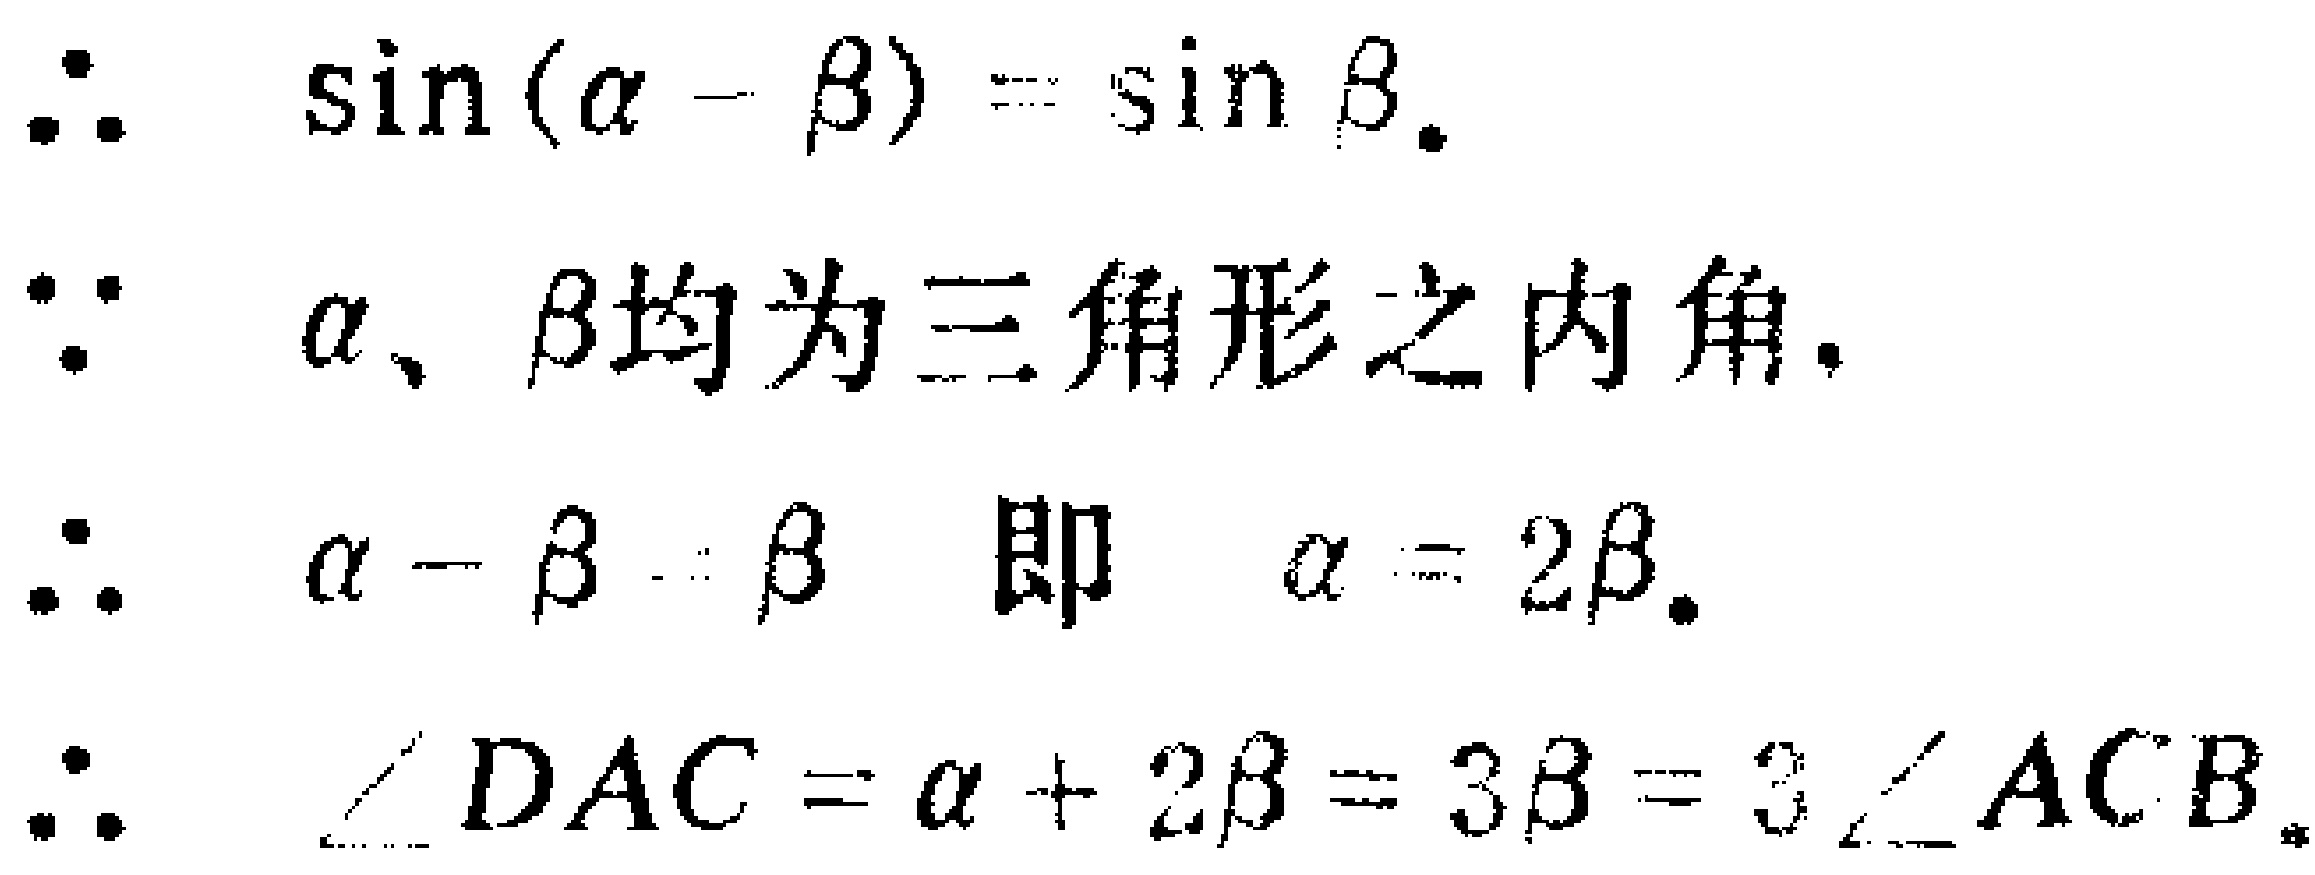
\begin{align*}
&\therefore\quad \sin(\alpha - \beta)=\sin\beta.\\
&\because\quad \alpha、\beta\text{ 均为三角形之内角}.\\
&\therefore\quad \alpha - \beta=\beta\quad \text{即}\quad \alpha = 2\beta.\\
&\therefore\quad \angle DAC=\alpha + 2\beta=3\beta = 3\angle ACB.
\end{align*}